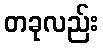
တခုလည်း